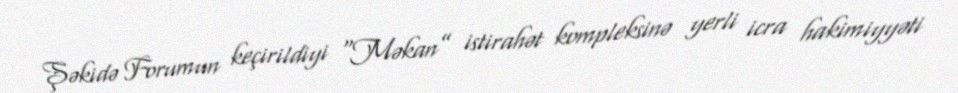
Şəkidə Forumun keçirildiyi “Məkan” istirahət kompleksinə yerli icra hakimiyyəti